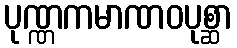
ပုဏ္ဏကမာဏဝပုစ္ဆာ